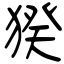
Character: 猤